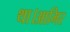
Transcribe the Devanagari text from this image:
था।आमिर